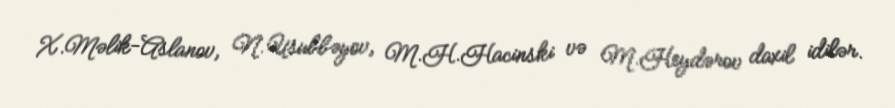
X.Məlik-Aslanov, N.Usubbəyov, M.H.Hacinski və M.Heydərov daxil idilər.